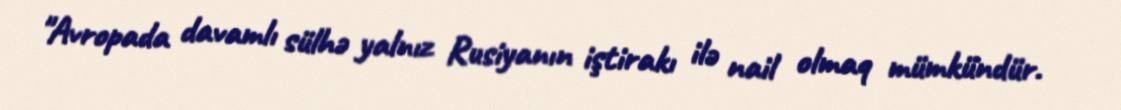
"Avropada davamlı sülhə yalnız Rusiyanın iştirakı ilə nail olmaq mümkündür.